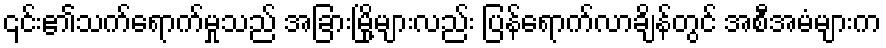
၎င်း၏သက်ရောက်မှုသည် အခြားမြို့များလည်း ပြန်ရောက်လာချိန်တွင် အစီအမံများက